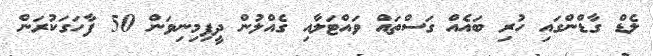
ލެޑް ގާޑްންގައި ހުރި ބައެއް ގަސްތައް ވައްޓަލާއި ގެއްލުން ދީފިމިނިވަން 50 ފާހަގަކުރަން